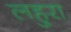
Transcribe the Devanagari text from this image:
लहुरा